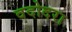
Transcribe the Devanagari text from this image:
वदोदरा